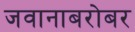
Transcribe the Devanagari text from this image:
जवानाबरोबर